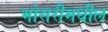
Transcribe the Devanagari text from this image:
भोसरीमधील